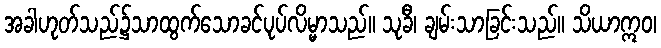
အခါဟုတ်သည်၌သာထွက်သောခင်ပုပ်လိမ္မာသည်။ သုခီ၊ ချမ်းသာခြင်းသည်။ သိယာဣဝ၊